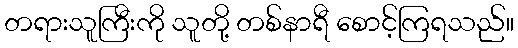
တရားသူကြီးကို သူတို့ တစ်နာရီ စောင့်ကြရသည်။